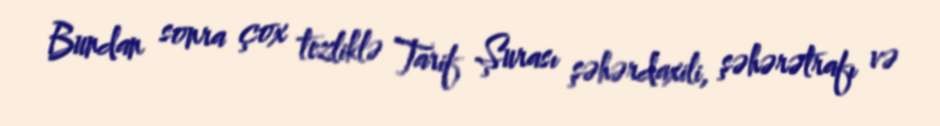
Bundan sonra çox tezliklə Tarif Şurası şəhərdaxili, şəhərətrafı və